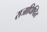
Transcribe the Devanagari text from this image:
राजाधिष्ठित